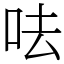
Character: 呿